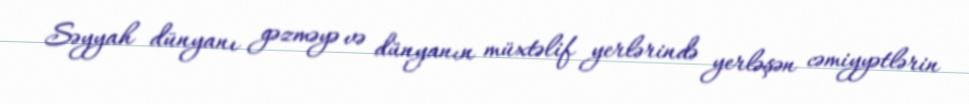
Səyyah dünyanı gəzməyə və dünyanın müxtəlif yerlərində yerləşən cəmiyyətlərin